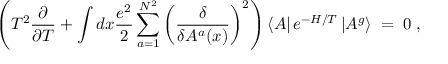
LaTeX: \left( T ^ { 2 } \frac { \partial } { \partial T } + \int d x \frac { e ^ { 2 } } { 2 } \sum _ { a = 1 } ^ { N ^ { 2 } } \left( \frac { \delta } { \delta A ^ { a } ( x ) } \right) ^ { 2 } \right) \left< A \right| e ^ { - H / T } \left| A ^ { g } \right> \; = \; 0 \; ,